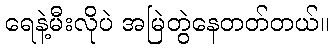
ရေနဲ့မီးလိုပဲ အမြဲတွဲနေတတ်တယ်။